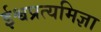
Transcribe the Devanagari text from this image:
ईश्वप्रत्यमिज्ञा